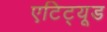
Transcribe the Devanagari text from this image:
एटिट्यूड